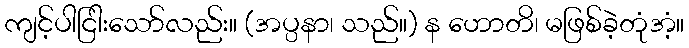
ကျင့်ပါငြါးသော်လည်း။ (အပ္ပနာ၊ သည်။) န ဟောတိ၊ မဖြစ်ခဲ့တုံအံ့။